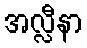
အလ္လီနာ